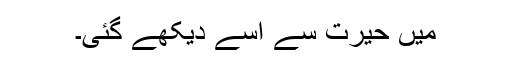
میں حیرت سے اسے دیکھے گئی۔